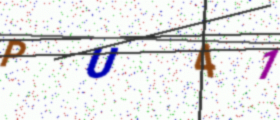
Text: PU41